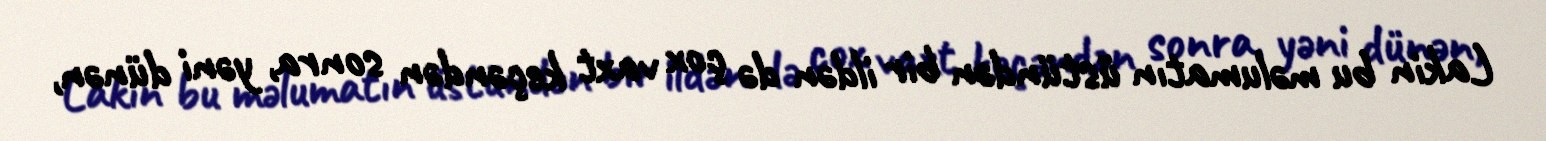
Lakin bu məlumatın üstündən bir ildən də çox vaxt keçəndən sonra, yəni dünən,